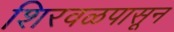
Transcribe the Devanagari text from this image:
शिरवळपासून